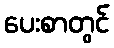
ပေးစာတွင်